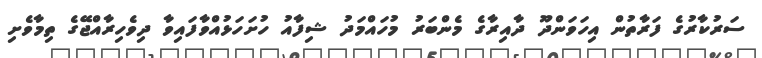
ސަރުކާރުގެ ފަރާތުން އިހަވަންދޫ ދާއިރާގެ މެންބަރު މުހައްމަދު ޝިފާއު ހުށަހަޅުއްވާފައިވާ ދިވެހިރާއްޖޭގެ ތިމާވެށި